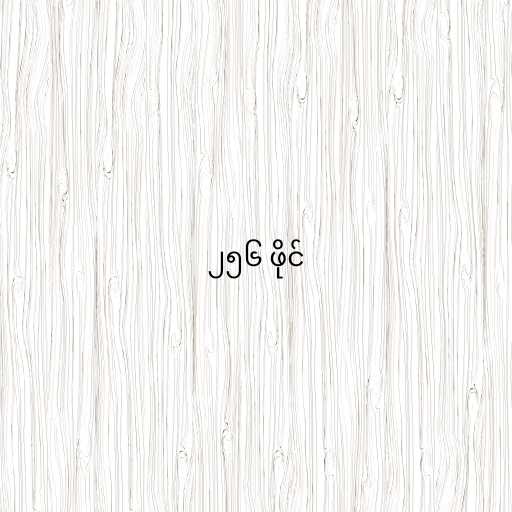
၂၅၆ ဖိုင်